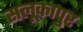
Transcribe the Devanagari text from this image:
सलूकापुर